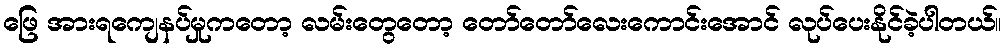
ဖြေ အားရကျေနပ်မှုကတော့ လမ်းတွေတော့ တော်တော်လေးကောင်းအောင် လုပ်ပေးနိုင်ခဲ့ပါတယ်။